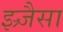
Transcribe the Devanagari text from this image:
झ्र्जैसा